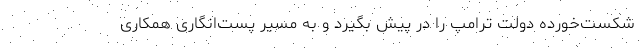
شکست‌خورده دولت ترامپ را در پیش بگیرد و به مسیر پست‌انگاری همکاری